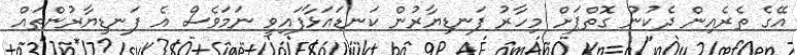
އޭގެ ތެރެއިން ދެކުނު ގޮތްޕަށް މިހާރު ފަނޑިޔާރުން ކަނޑައަޅާފައިވީ ނަމަވެސް އެ ފަނޑިޔާރުންތައް